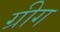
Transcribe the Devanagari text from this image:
ग्रीग